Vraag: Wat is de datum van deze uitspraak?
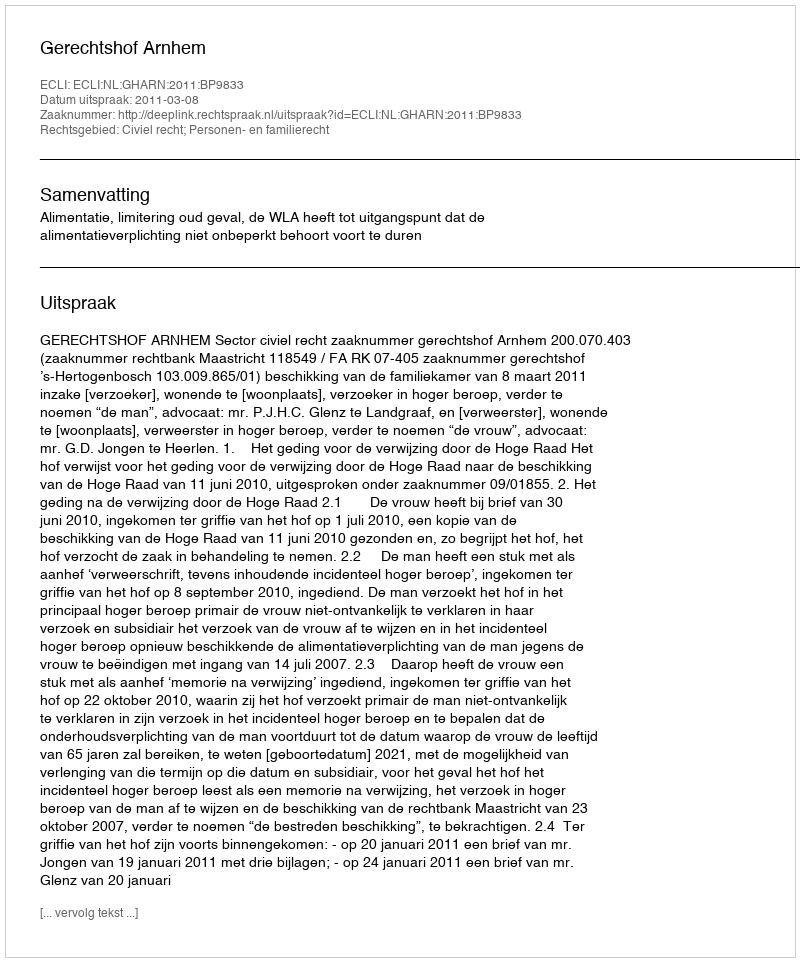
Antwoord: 2011-03-08